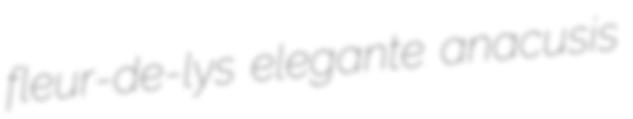
fleur-de-lys elegante anacusis